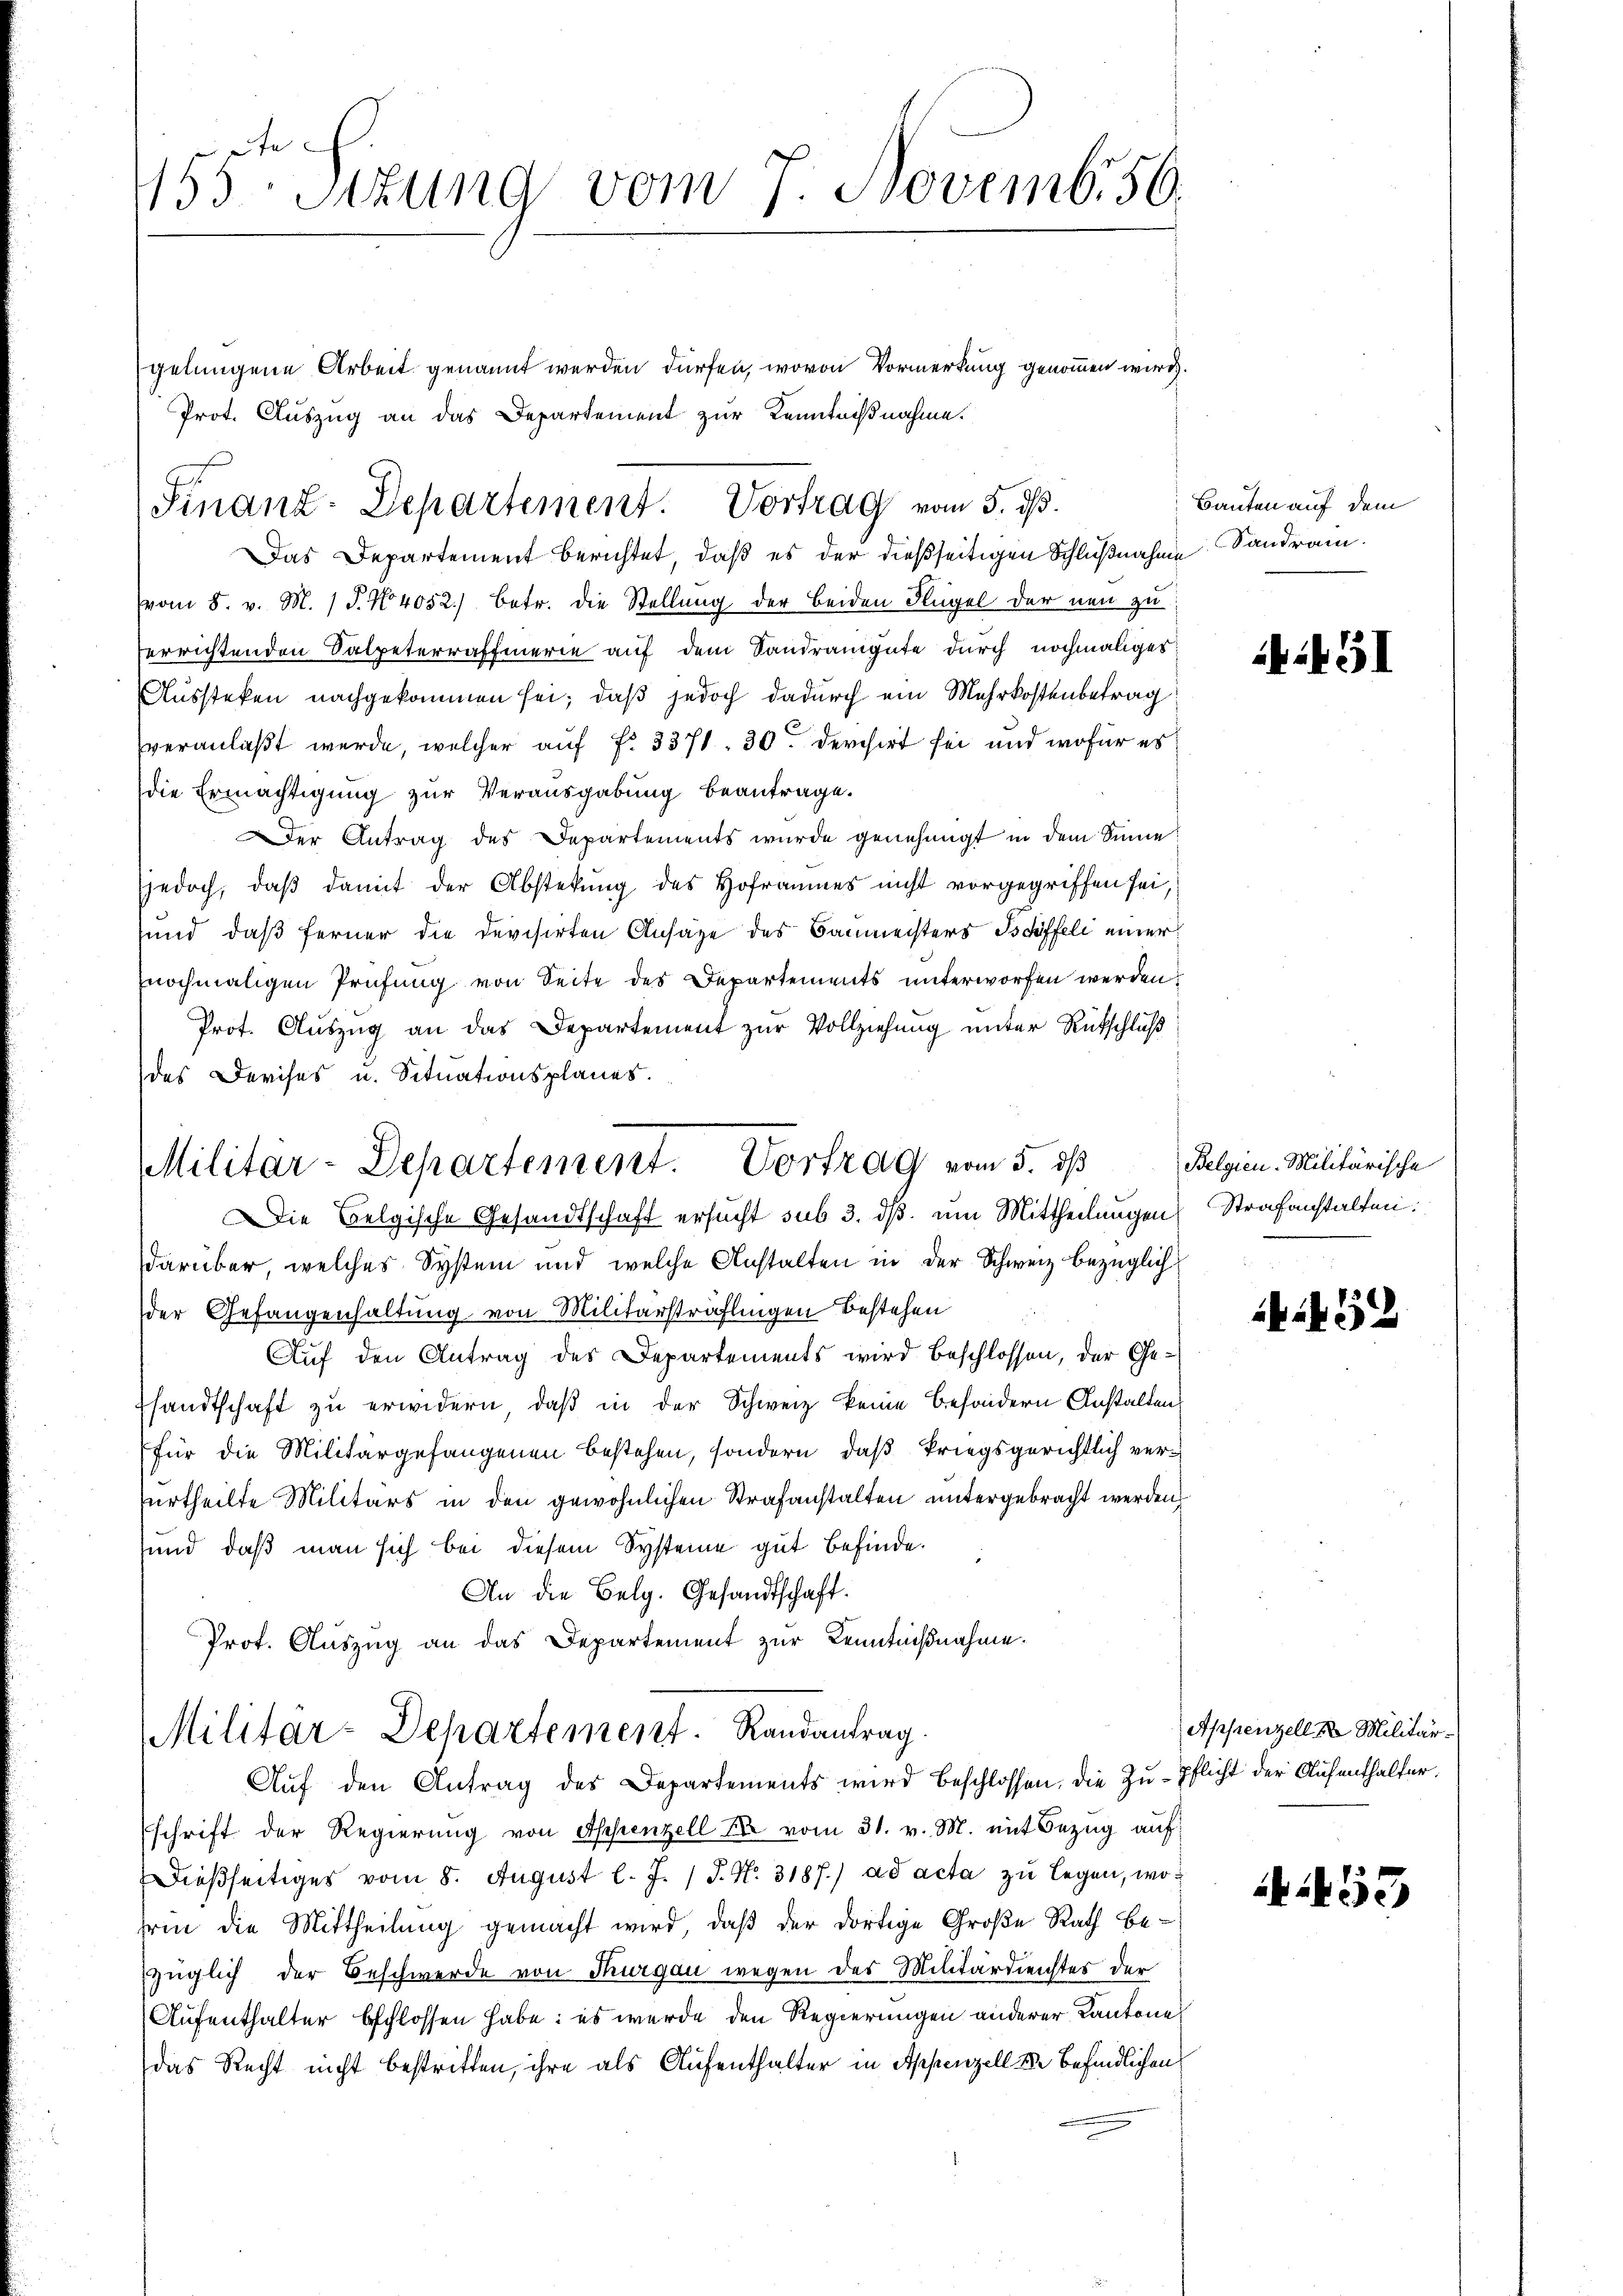
te
153 Sitzung vom 7. Novembr 56.

gelungene Arbeit genannt werden dürfen, wovon Vormerkung genommen wird.
Prot. Auszug an das Departement zur Kenntnißnahme.
Das Departement berichtet, daß es der dießseitigen Schlußnahme Sandram.
vom 5. v. M. 1 S. No 4052) betr. die Stellung der beiden Flügel der neu zu
errichtenden Salpeterraffmerie auf dem Sandrangute durch nochmaliger
Aussteken nachgekommen sei; daß jedoch dadurch ein Mehrkostenbetrag
veranlaßt werde, welcher auf fr. 3371. 30. Derchirt sei und wofür es
die Ermächtigung zur Verausgabung beantrage.
Der Antrag des Departements wurde genehmigt in dem Sinne
jedoch, daß damit der Abstekung des Hofraumes nicht vorgegriffen sei,
sund, daß ferner die devisirten Ansage des Baumeisters Bsdiffeli einer
nochmaligen Prüfung von Seite des Departements unterworfen werden,
Prot. Auszug an das Departement zur Vollziehung unter Rütschluß
des Devises u. Situationsplanes.
Die Belgische Gesandtschaft ersucht sub 3. ds. um Mittheilungen Strafanstalten.
darüber, welches System und welche Anstalten in der Schweiz bezüglich
der Gefangenhaltung von Militärsträflingen Bestehen
Auf den Antrag des Departements wird beschlossen, der Gesandtschaft zu erwidern, daβ in der Schweiz keine besondern Anstalten,
für die Militärgefangenen bestehen, sondern, daß kriegsgerichtlich verurtheilte Militärs in den gewöhnlichen Strafanstalten untergebracht werden,
und, daß man sich bei diesem Systeme gut befinde.
An die Belg. Gesandtschaft.
Prot. Auszug an das Departement zur Kenntnißnahme.
Militär-Departement. Randantrag.
Aŭf den Antrag des Departements wird beschlossen, die Zŭ-pflicht der Aufenthalter.
schrift der Regierŭng von Appenzell A. vom 31. v. M. mit Bezug auf
Dießseitiges vom 8. August l. J. J. No. 3187) ad acta zu legen, worin die Mittheilung gemacht wird, daß der dortige Große Rath bezüglich der Beschwerde von Thurgau wegen des Militärdienstes der
Aufenthalter beschlossen habe: es wurde den Regierungen anderer Kantone
das Recht nicht bestritten, ihre als Aufenthalter in Appenzell de befindlichen

Finanz-Departement. Vortrag vom 5. ds.

Militar-Departement. Vortrag vom 5. ds

Bauten auf dem

if 51

Belgien-Militärische

432

Appenzell & Militär¬

453